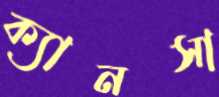
ক্যানসা